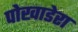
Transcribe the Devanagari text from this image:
पोखाडेरा